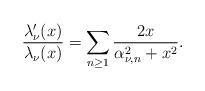
LaTeX: \begin{align*}\frac{\lambda'_{\nu}(x)}{\lambda_{\nu}(x)}=\sum_{n\geq 1}\frac{2x}{\alpha_{\nu,n}^2+x^2}.\end{align*}